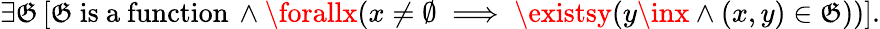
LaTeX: \exists\mathfrak{G}\, [\mathfrak{G}{\mathrm{{~is~a~function}}}\, \land\forallx(x\neq\emptyset\implies\existsy(y\inx\land(x,y)\in\mathfrak{G}))].